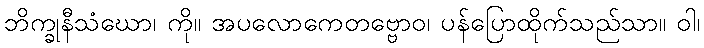
ဘိက္ခုနီသံဃော၊ ကို။ အပလောကေတဗ္ဗောဝ၊ ပန်ပြောထိုက်သည်သာ။ ဝါ၊